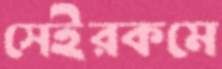
সেইরকমে